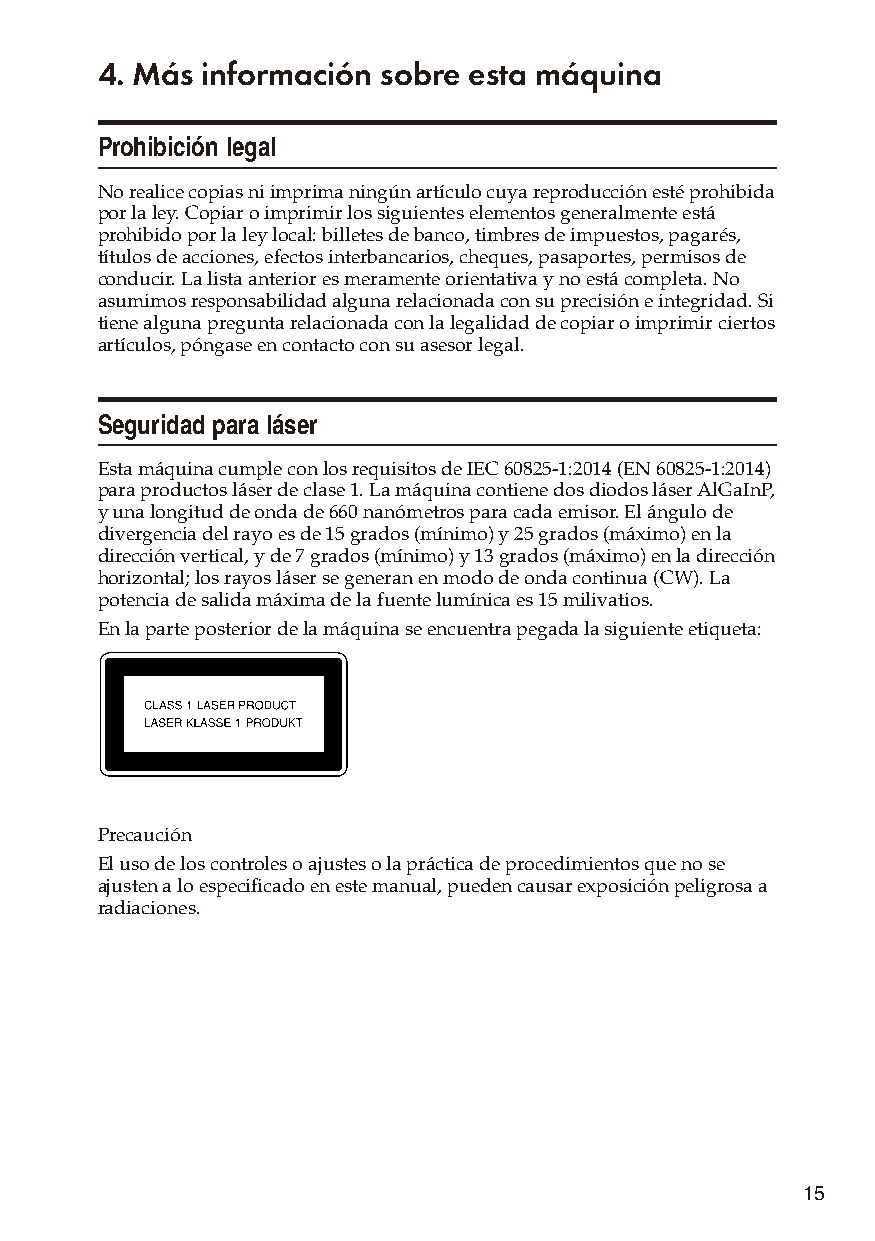
4. Más información sobre esta máquina
 Prohibición legal
 No realice copias ni imprima ningún artículo cuya reproducción esté prohibida
 por la ley. Copiar o imprimir los siguientes elementos generalmente está
 prohibido por la ley local: billetes de banco, timbres de impuestos, pagarés,
 títulos de acciones, efectos interbancarios, cheques, pasaportes, permisos de
 conducir. La lista anterior es meramente orientativa y no está completa. No
 asumimos responsabilidad alguna relacionada con su precisión e integridad. Si
 tiene alguna pregunta relacionada con la legalidad de copiar o imprimir ciertos
 artículos, póngase en contacto con su asesor legal.
 Seguridad para láser
 Esta máquina cumple con los requisitos de IEC 60825-1:2014 (EN 60825-1:2014)
 para productos láser de clase 1. La máquina contiene dos diodos láser AlGaInP,
 y una longitud de onda de 660 nanómetros para cada emisor. El ángulo de
 divergencia del rayo es de 15 grados (mínimo) y 25 grados (máximo) en la
 dirección vertical, y de 7 grados (mínimo) y 13 grados (máximo) en la dirección
 horizontal; los rayos láser se generan en modo de onda continua (CW). La
 potencia de salida máxima de la fuente lumínica es 15 milivatios.
 En la parte posterior de la máquina se encuentra pegada la siguiente etiqueta:
 Precaución
 El uso de los controles o ajustes o la práctica de procedimientos que no se
 ajusten a lo especificado en este manual, pueden causar exposición peligrosa a
 radiaciones.
 15